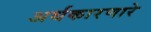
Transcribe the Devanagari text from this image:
अर्थकारणारे